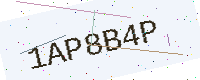
Text: 1AP8B4P